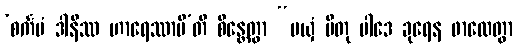
‘စင်္ကမံ ဒါနိဿ ဟာရေဿာမီ’တိ စိန္တေတွာ “မယှံ ပိတု ပါဒေ ခုရေန ဖာလေတွာ